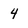
Character: 4